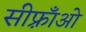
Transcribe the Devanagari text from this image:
सीफ़्राँओ